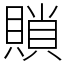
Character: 䞆